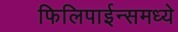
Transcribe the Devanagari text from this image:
फिलिपाईन्समध्ये